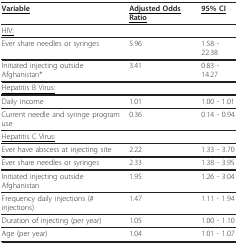
<table><thead><tr><td><b><underline>Variable</underline></b></td><td><b><underline>Adjusted Odds Ratio</underline></b></td><td><b><underline>95% CI</underline></b></td></tr></thead><tbody><tr><td><underline>HIV:</underline></td><td></td><td></td></tr><tr><td>Ever share needles or syringes</td><td>5.96</td><td>1.58 - 22.38</td></tr><tr><td>Initiated injecting outside Afghanistan*</td><td>3.41</td><td>0.83 - 14.27</td></tr><tr><td><underline>Hepatitis B Virus:</underline></td><td></td><td></td></tr><tr><td>Daily income</td><td>1.01</td><td>1.00 - 1.01</td></tr><tr><td>Current needle and syringe program use</td><td>0.36</td><td>0.14 - 0.94</td></tr><tr><td><underline>Hepatitis C Virus:</underline></td><td></td><td></td></tr><tr><td>Ever have abscess at injecting site</td><td>2.22</td><td>1.33 - 3.70</td></tr><tr><td>Ever share needles or syringes</td><td>2.33</td><td>1.38 - 3.95</td></tr><tr><td>Initiated injecting outside Afghanistan</td><td>1.95</td><td>1.26 - 3.04</td></tr><tr><td>Frequency daily injections (# injections)</td><td>1.47</td><td>1.11 - 1.94</td></tr><tr><td>Duration of injecting (per year)</td><td>1.05</td><td>1.00 - 1.10</td></tr><tr><td>Age (per year)</td><td>1.04</td><td>1.01 - 1.07</td></tr></tbody></table>